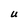
Character: U